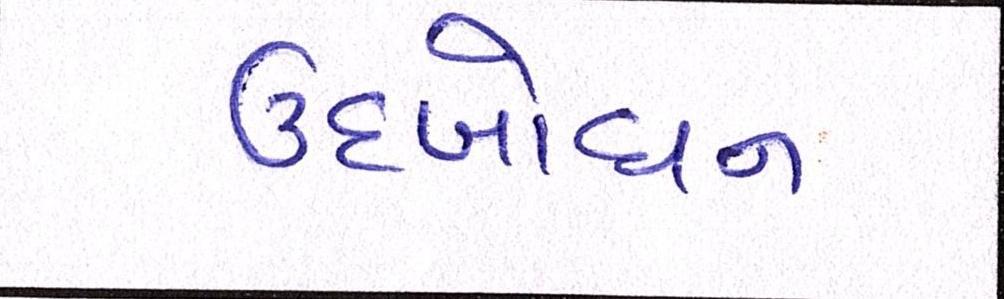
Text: ઉદબોધન